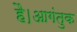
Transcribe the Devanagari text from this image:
है।आगंतुक